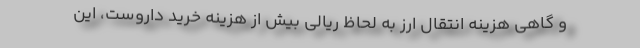
و گاهی هزینه انتقال ارز به لحاظ ریالی بیش از هزینه خرید داروست، این